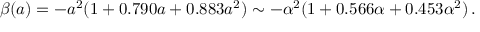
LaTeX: \beta ( a ) = - a ^ { 2 } ( 1 + 0 . 7 9 0 a + 0 . 8 8 3 a ^ { 2 } ) \sim - \alpha ^ { 2 } ( 1 + 0 . 5 6 6 \alpha + 0 . 4 5 3 \alpha ^ { 2 } ) \, .